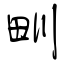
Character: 甽